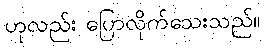
ဟုလည်း ပြောလိုက်သေးသည်။